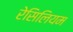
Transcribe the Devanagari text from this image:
रेसिलियम